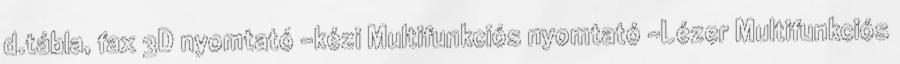
d.tábla, fax 3D nyomtató -kézi Multifunkciós nyomtató -Lézer Multifunkciós